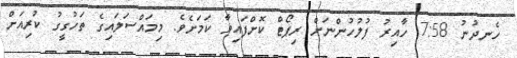
ހެނދުނު 7:58 ހާއިރު ފުލުހުންނަށް ރިޕޯޓް ކޮށްފައިވާ ކަމަށެވެެ. މިމައްސަލައިގެ ތަހުގީގު ކުރިއަށް